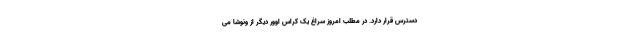
دسترس قرار دارد. در مطلب امروز سراغ یک کراس اوور دیگر از ونوشا می